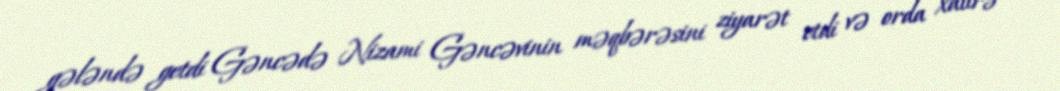
gələndə getdi Gəncədə Nizami Gəncəvinin məqbərəsini ziyarət etdi və orda xatirə